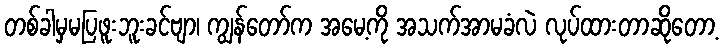
တစ်ခါမှမပြဖူးဘူးခင်ဗျာ၊ ကျွန်တော်က အမေ့ကို အသက်အာမခံလဲ လုပ်ထားတာဆိုတော့